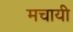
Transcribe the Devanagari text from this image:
मचायी